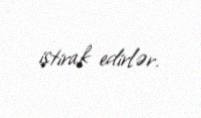
iştirak edirlər.